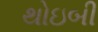
થોઇબી